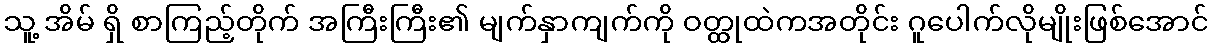
သူ့ အိမ် ရှိ စာကြည့်တိုက် အကြီးကြီး၏ မျက်နှာကျက်ကို ဝတ္ထုထဲကအတိုင်း ဂူပေါက်လိုမျိုးဖြစ်အောင်